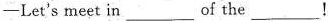
— Let's meet in ___ of the ___！